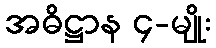
အဓိဋ္ဌာန ၄-မျိုး